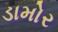
ડામોર